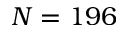
N = 1 9 6